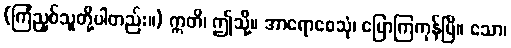
(ကြံညှစ်သူတို့ပါတည်း။) ဣတိ၊ ဤသို့။ အာရောစေသုံ၊ ပြောကြကုန်ပြီ။ သော၊